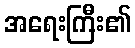
အရေးကြီး၏